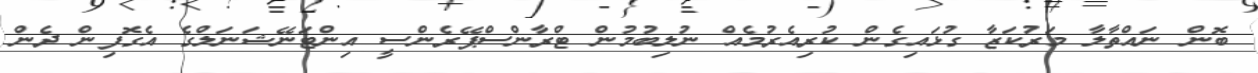
ބޮން ނައްތާލާ މަރުކަޒާ ގުޅައިގެން ކުރިއެރުމެއް ނުލިބުމުން ޓްރާންސްޕޭރެންސީ އިންޓަނޭޝަނަލްގެ އެގޮފިން ދެން